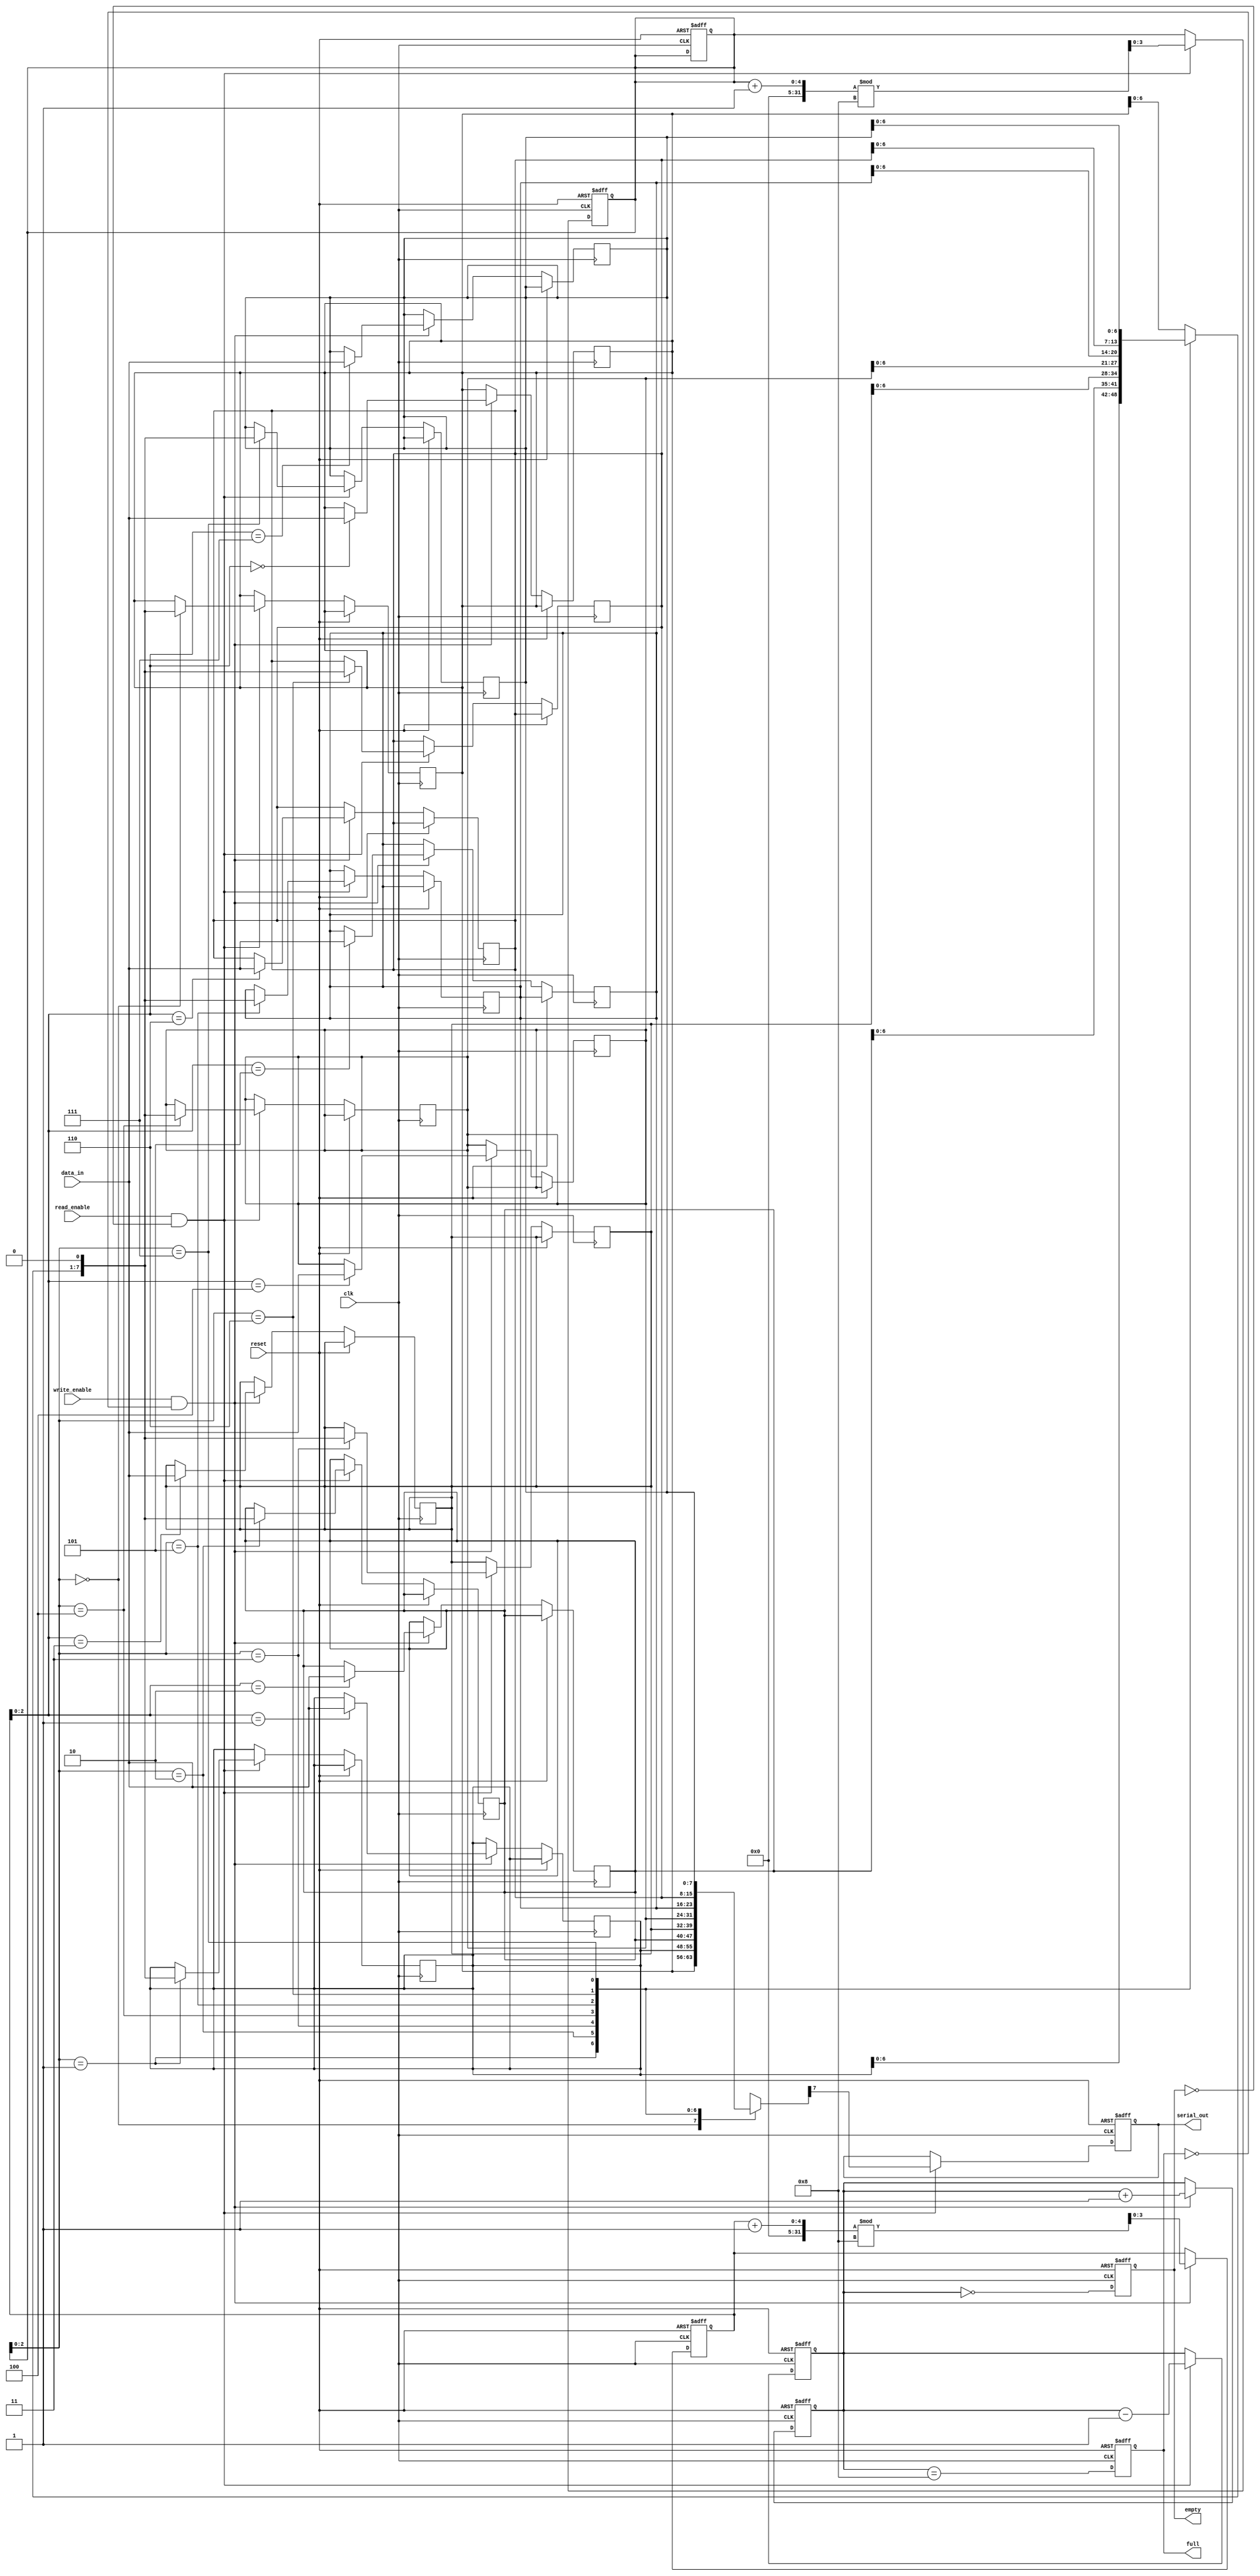
module fifo_piso #(
    parameter DEPTH = 8, // Configurable depth of the FIFO
    parameter WIDTH = 8   // Width of the parallel input data
)(
    input wire clk,               // Clock signal
    input wire reset,             // Reset signal
    input wire write_enable,      // Write enable signal
    input wire read_enable,       // Read enable signal
    input wire [WIDTH-1:0] data_in, // Parallel input data
    output reg serial_out,        // Serial output data
    output reg full,              // FIFO full flag
    output reg empty              // FIFO empty flag
);

    // Internal storage for FIFO
    reg [WIDTH-1:0] fifo_mem [0:DEPTH-1]; // FIFO memory array
    reg [3:0] write_ptr;                  // Write pointer
    reg [3:0] read_ptr;                   // Read pointer
    reg [4:0] count;                      // Count of elements in FIFO

    // Initialize pointers and flags
    initial begin
        write_ptr = 0;
        read_ptr = 0;
        count = 0;
        full = 0;
        empty = 1;
    end

    // Write Logic
    always @(posedge clk or posedge reset) begin
        if (reset) begin
            write_ptr <= 0;
            read_ptr <= 0;
            count <= 0;
            full <= 0;
            empty <= 1;
        end else begin
            if (write_enable && !full) begin
                fifo_mem[write_ptr] <= data_in; // Store data in FIFO
                write_ptr <= (write_ptr + 1) % DEPTH; // Circular increment
                count <= count + 1;
            end

            // Update full and empty flags
            full <= (count == DEPTH);
            empty <= (count == 0);
        end
    end

    // Read Logic
    always @(posedge clk or posedge reset) begin
        if (reset) begin
            serial_out <= 0;
            read_ptr <= 0;
            count <= 0;
            full <= 0;
            empty <= 1;
        end else begin
            if (read_enable && !empty) begin
                serial_out <= fifo_mem[read_ptr][WIDTH-1]; // Output the MSB
                fifo_mem[read_ptr] <= {fifo_mem[read_ptr][WIDTH-2:0], 1'b0}; // Shift left
                read_ptr <= (read_ptr + 1) % DEPTH; // Circular increment
                count <= count - 1;
            end

            // Update full and empty flags
            full <= (count == DEPTH);
            empty <= (count == 0);
        end
    end

endmodule